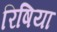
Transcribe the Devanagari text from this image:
रिषिया